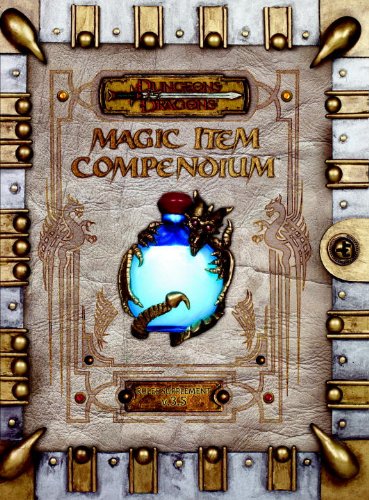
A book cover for Premium 3.5 Edition Dungeons & Dragons Magic Item Compendium (D&D Accessory); Wizards RPG Team; Science Fiction & Fantasy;